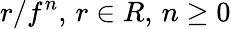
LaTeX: r/f^{n},\, r\in R,\, n\geq 0